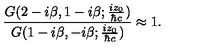
\frac { G ( 2 - i { \beta } , 1 - i { \beta } ; \frac { i z _ { 0 } } { { \hbar } c } ) } { G ( 1 - i { \beta } , - i { \beta } ; \frac { i z _ { 0 } } { { \hbar } c } ) } \approx 1 .